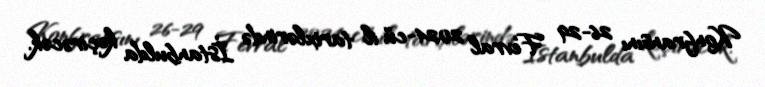
Konfransını 26-29 Fevral 2024-cü il tarixlərində İstanbulda keçirəcək.